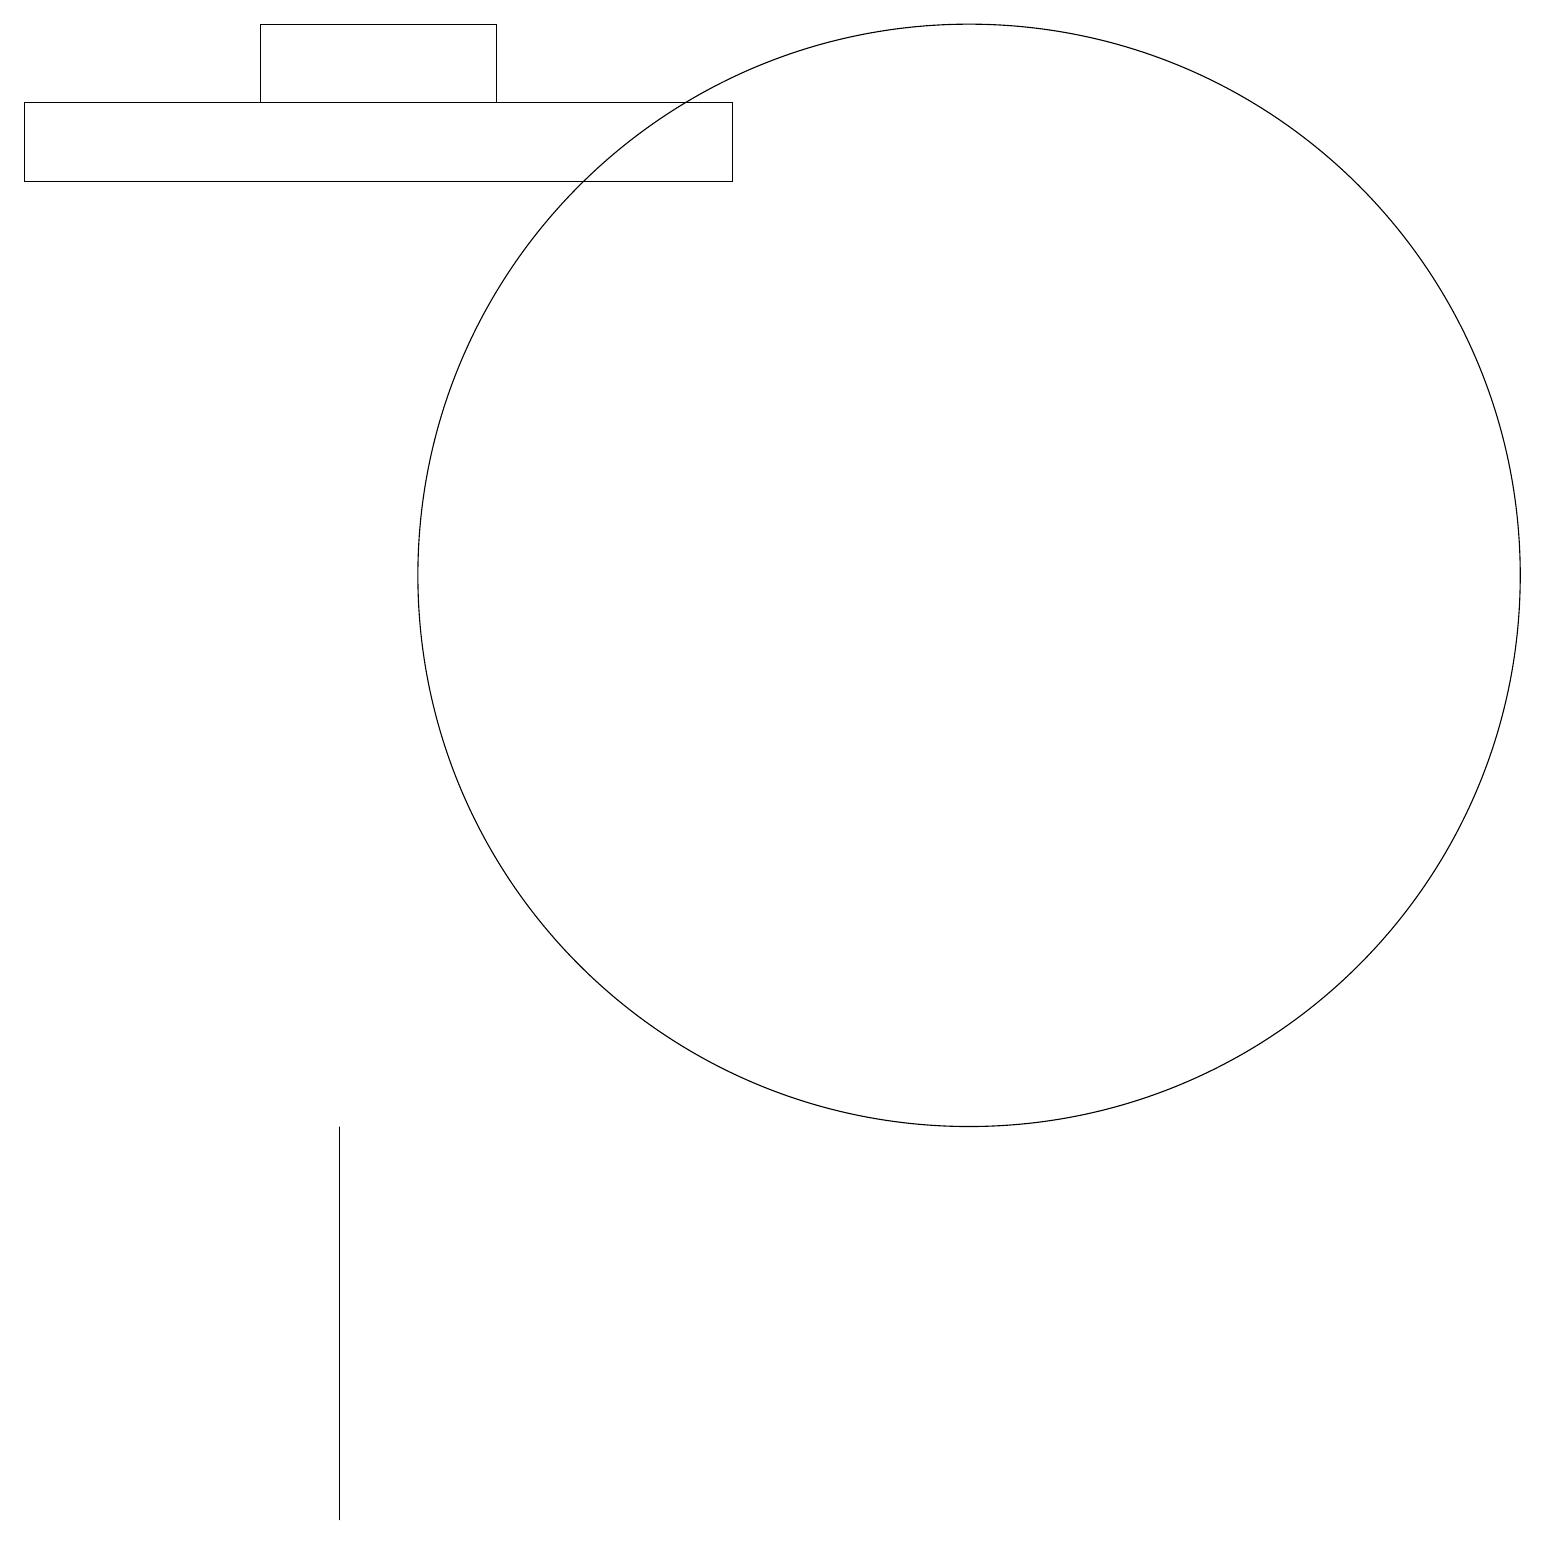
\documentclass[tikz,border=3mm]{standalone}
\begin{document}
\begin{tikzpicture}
\draw (0,18) rectangle (9,17);
\draw (12,12) circle (7);
\draw (4,1) -- (4,0) -- (4,5) -- cycle;
\draw (3,19) rectangle (6,18);
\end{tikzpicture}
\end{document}